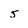
Character: 5